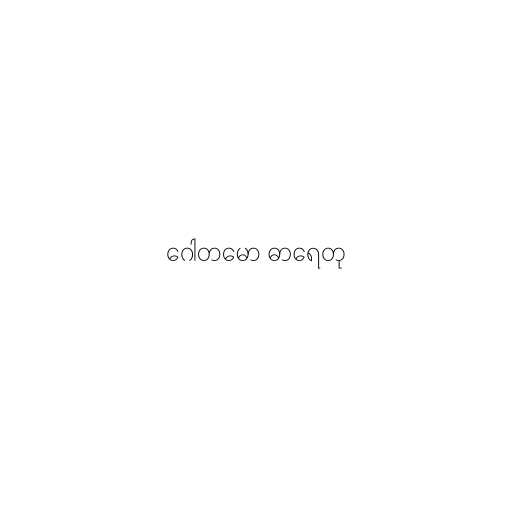
ဂေါတမော ဓာရေတု